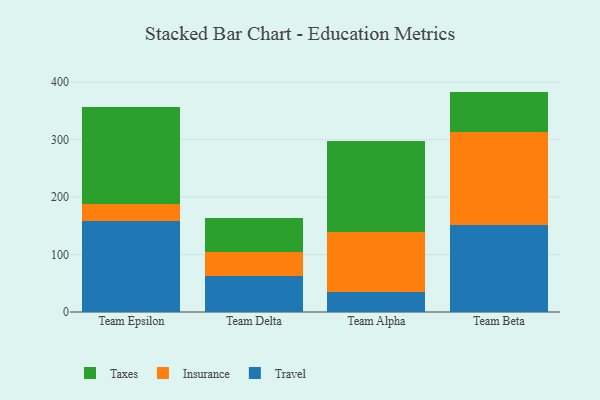
{"axis": {"x": "Team", "y": "Gross Profit (USD K)"}, "legend": ["Insurance", "Taxes", "Travel"], "data": [{"x": "Team Epsilon", "y": 157.5, "type": "Travel"}, {"x": "Team Epsilon", "y": 30.5, "type": "Insurance"}, {"x": "Team Epsilon", "y": 168.5, "type": "Taxes"}, {"x": "Team Delta", "y": 62.6, "type": "Travel"}, {"x": "Team Delta", "y": 42.2, "type": "Insurance"}, {"x": "Team Delta", "y": 58.9, "type": "Taxes"}, {"x": "Team Alpha", "y": 34.9, "type": "Travel"}, {"x": "Team Alpha", "y": 103.7, "type": "Insurance"}, {"x": "Team Alpha", "y": 159.6, "type": "Taxes"}, {"x": "Team Beta", "y": 151.1, "type": "Travel"}, {"x": "Team Beta", "y": 161.9, "type": "Insurance"}, {"x": "Team Beta", "y": 70.4, "type": "Taxes"}]}